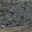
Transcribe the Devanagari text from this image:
वै०